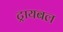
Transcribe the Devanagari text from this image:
ट्रायबल